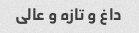
داغ و تازه و عالی